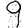
Digit: 9